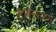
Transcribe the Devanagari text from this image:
सामरस्याचे